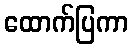
ထောက်ပြကာ